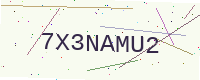
Text: 7X3NAMU2